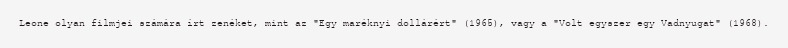
Leone olyan filmjei számára írt zenéket, mint az "Egy maréknyi dollárért" (1965), vagy a "Volt egyszer egy Vadnyugat" (1968).